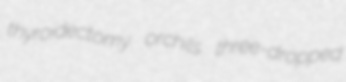
thyroidectomy orchils three-dropped